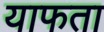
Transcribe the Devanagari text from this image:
याफता